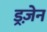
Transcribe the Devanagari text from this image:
ड्रज़ेन